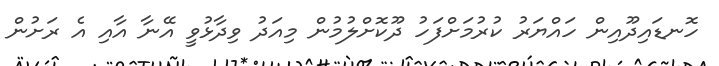
ހޮނޑައިދޫއިން ހައްޔަރު ކުރުމަށްފަހު ދޫކޮށްލުމުން މިއަދު ވިދާޅުވީ އޭނާ އާއި އެ ރަށުން